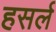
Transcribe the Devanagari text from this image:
हसर्ल